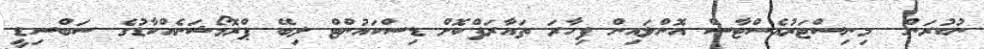
ނުކުރަން  މިނިސްޓަރުއެސްޓާސް އޮންލައިން ފިހާރަ ތައާރަފްކޮށް ޑިސްކައުންޓް ލިބޭ ޕްރޮމޯޝަނެއްކާޑުގެ ސަބްސިޑީ